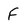
Character: F